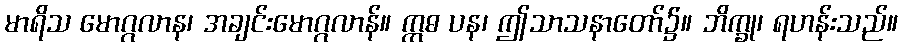
မာရိသ မောဂ္ဂလာန၊ အချင်းမောဂ္ဂလာန်။ ဣဓ ပန၊ ဤသာသနာတော်၌။ ဘိက္ခု၊ ရဟန်းသည်။